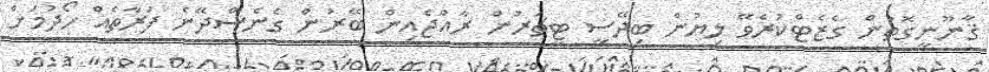
ޤާނޫނީގޮތުން ގެޒެޓްކުރެވޭ ލިޔުން ބިދޭސީ ޓީޗަރުން ރާއްޖެއިން ބޭރުން ގެނެސްދޭނެ ފަރާތެއް ހޯދުމަށް